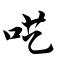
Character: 呓